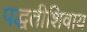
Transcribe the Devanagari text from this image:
पद्धतीशिवाय